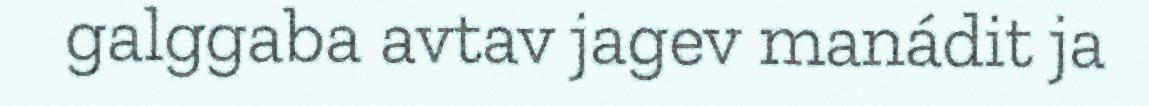
galggaba avtav jagev manádit ja